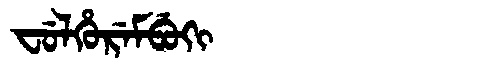
Manchu: ᠸᡠᠯᡥᡠᡵᡝᠮᠪᡠᡴᡳ
Romanization: FULHUREMBUKI